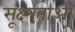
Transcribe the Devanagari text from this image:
सूक्ष्मताओ